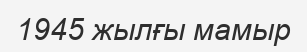
1945 жылғы мамыр